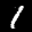
Label: 1